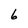
Character: 6